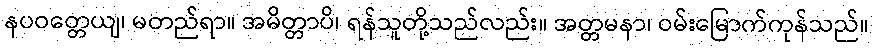
နပဝတ္တေယျ၊ မတည်ရာ။ အမိတ္တာပိ၊ ရန်သူတို့သည်လည်း။ အတ္တမနာ၊ ဝမ်းမြောက်ကုန်သည်။